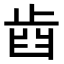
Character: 𣥫